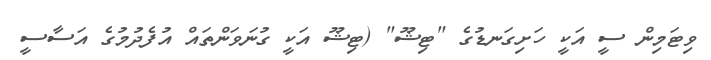
ވިޓަމިން ސީ އަކީ ހަށިގަނޑުގެ "ޓިޝޫ" (ޓިޝޫ އަކީ ގުނަވަންތައް އުފެދުމުގެ އަސާސީ